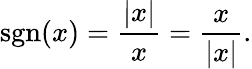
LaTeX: \operatorname{sgn}(x)={\frac{|x|}{x}}={\frac{x}{|x|}}.